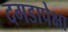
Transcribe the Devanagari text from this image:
दगडापेक्षा